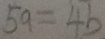
5 a = 4 b